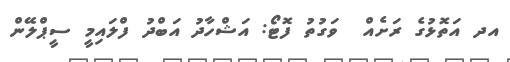
އދ އަތޮޅުގެ ރަށެއް  ވަގުތު ފޮޓޯ: އަޝްހާދު އަބްދު ފްލައިމީ ސީޕްލޭން